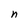
Character: n